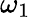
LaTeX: \omega_{1}